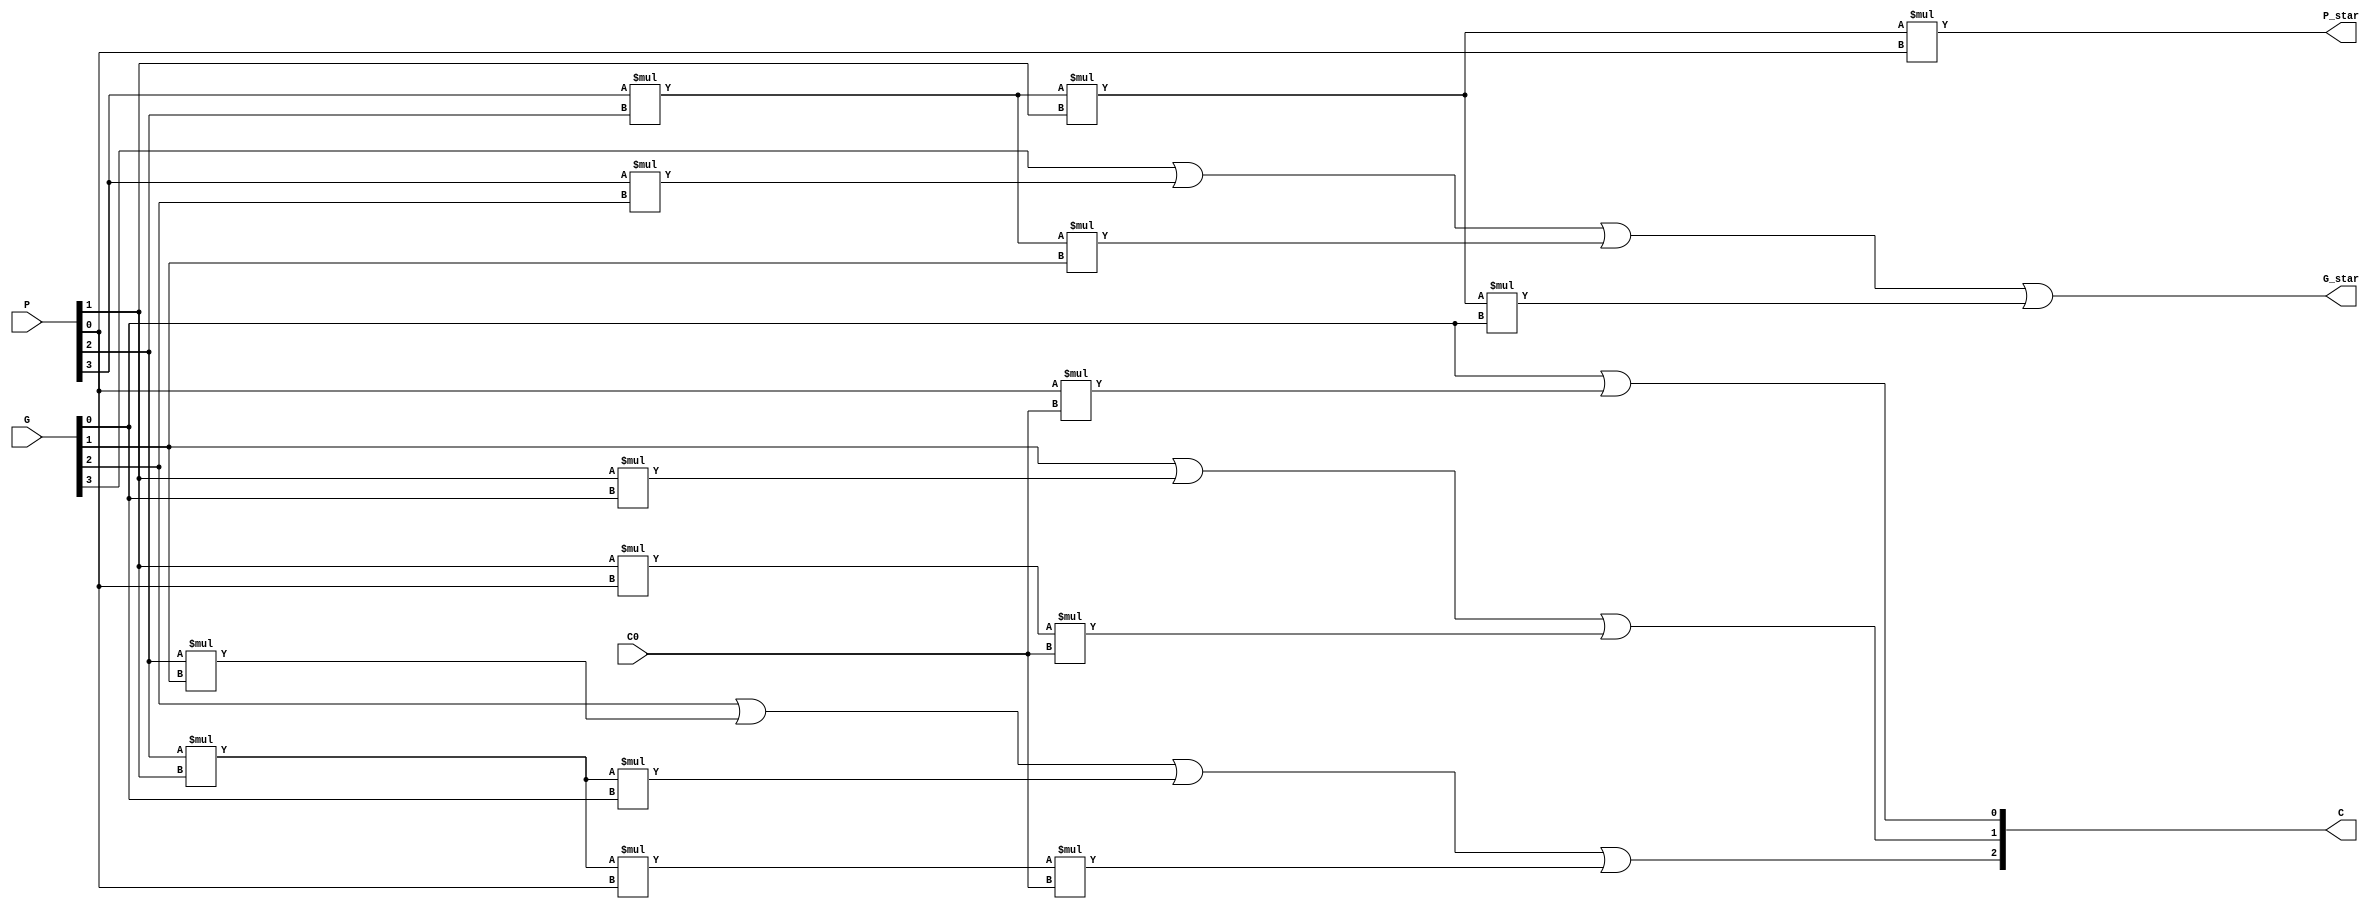
module block_carry_lookahead_unit(G_star, P_star, C, G, P, C0);
// use dataflow, use wire I/O
output wire G_star, P_star; // generate/propagate
output wire [3:1] C; // C3, C2, 1, C is 3 bits wide 
input wire [3:0] G, P; // generates and propagates
input wire C0; // input carry
assign #4 G_star = G[3] | (P[3] * G[2]) | (P[3] * P[2] * G[1]) | (P[3] * P[2] * P[1] * G[0]);
assign #2 P_star = P[3] * P[2] * P[1] * P[0];
assign #4 C[1] = G[0] | (P[0] * C0);
assign #4 C[2] = G[1] | (P[1] * G[0]) | (P[1] * P[0] * C0);
assign #4 C[3] = G[2] | (P[2] * G[1]) | (P[2] * P[1] * G[0]) | (P[2] * P[1] * P[0] * C0);

endmodule